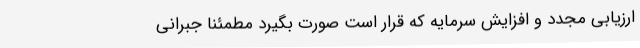
ارزیابی مجدد و افزایش سرمایه که قرار است صورت بگیرد مطمئنا جبرانی